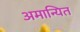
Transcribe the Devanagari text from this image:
अमान्यित